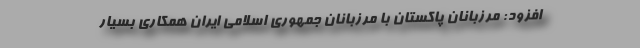
افزود: مرزبانان پاکستان با مرزبانان جمهوری اسلامی ایران همکاری بسیار